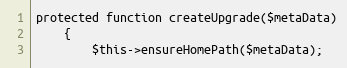
Language: PHP
protected function createUpgrade($metaData)
    {
        $this->ensureHomePath($metaData);